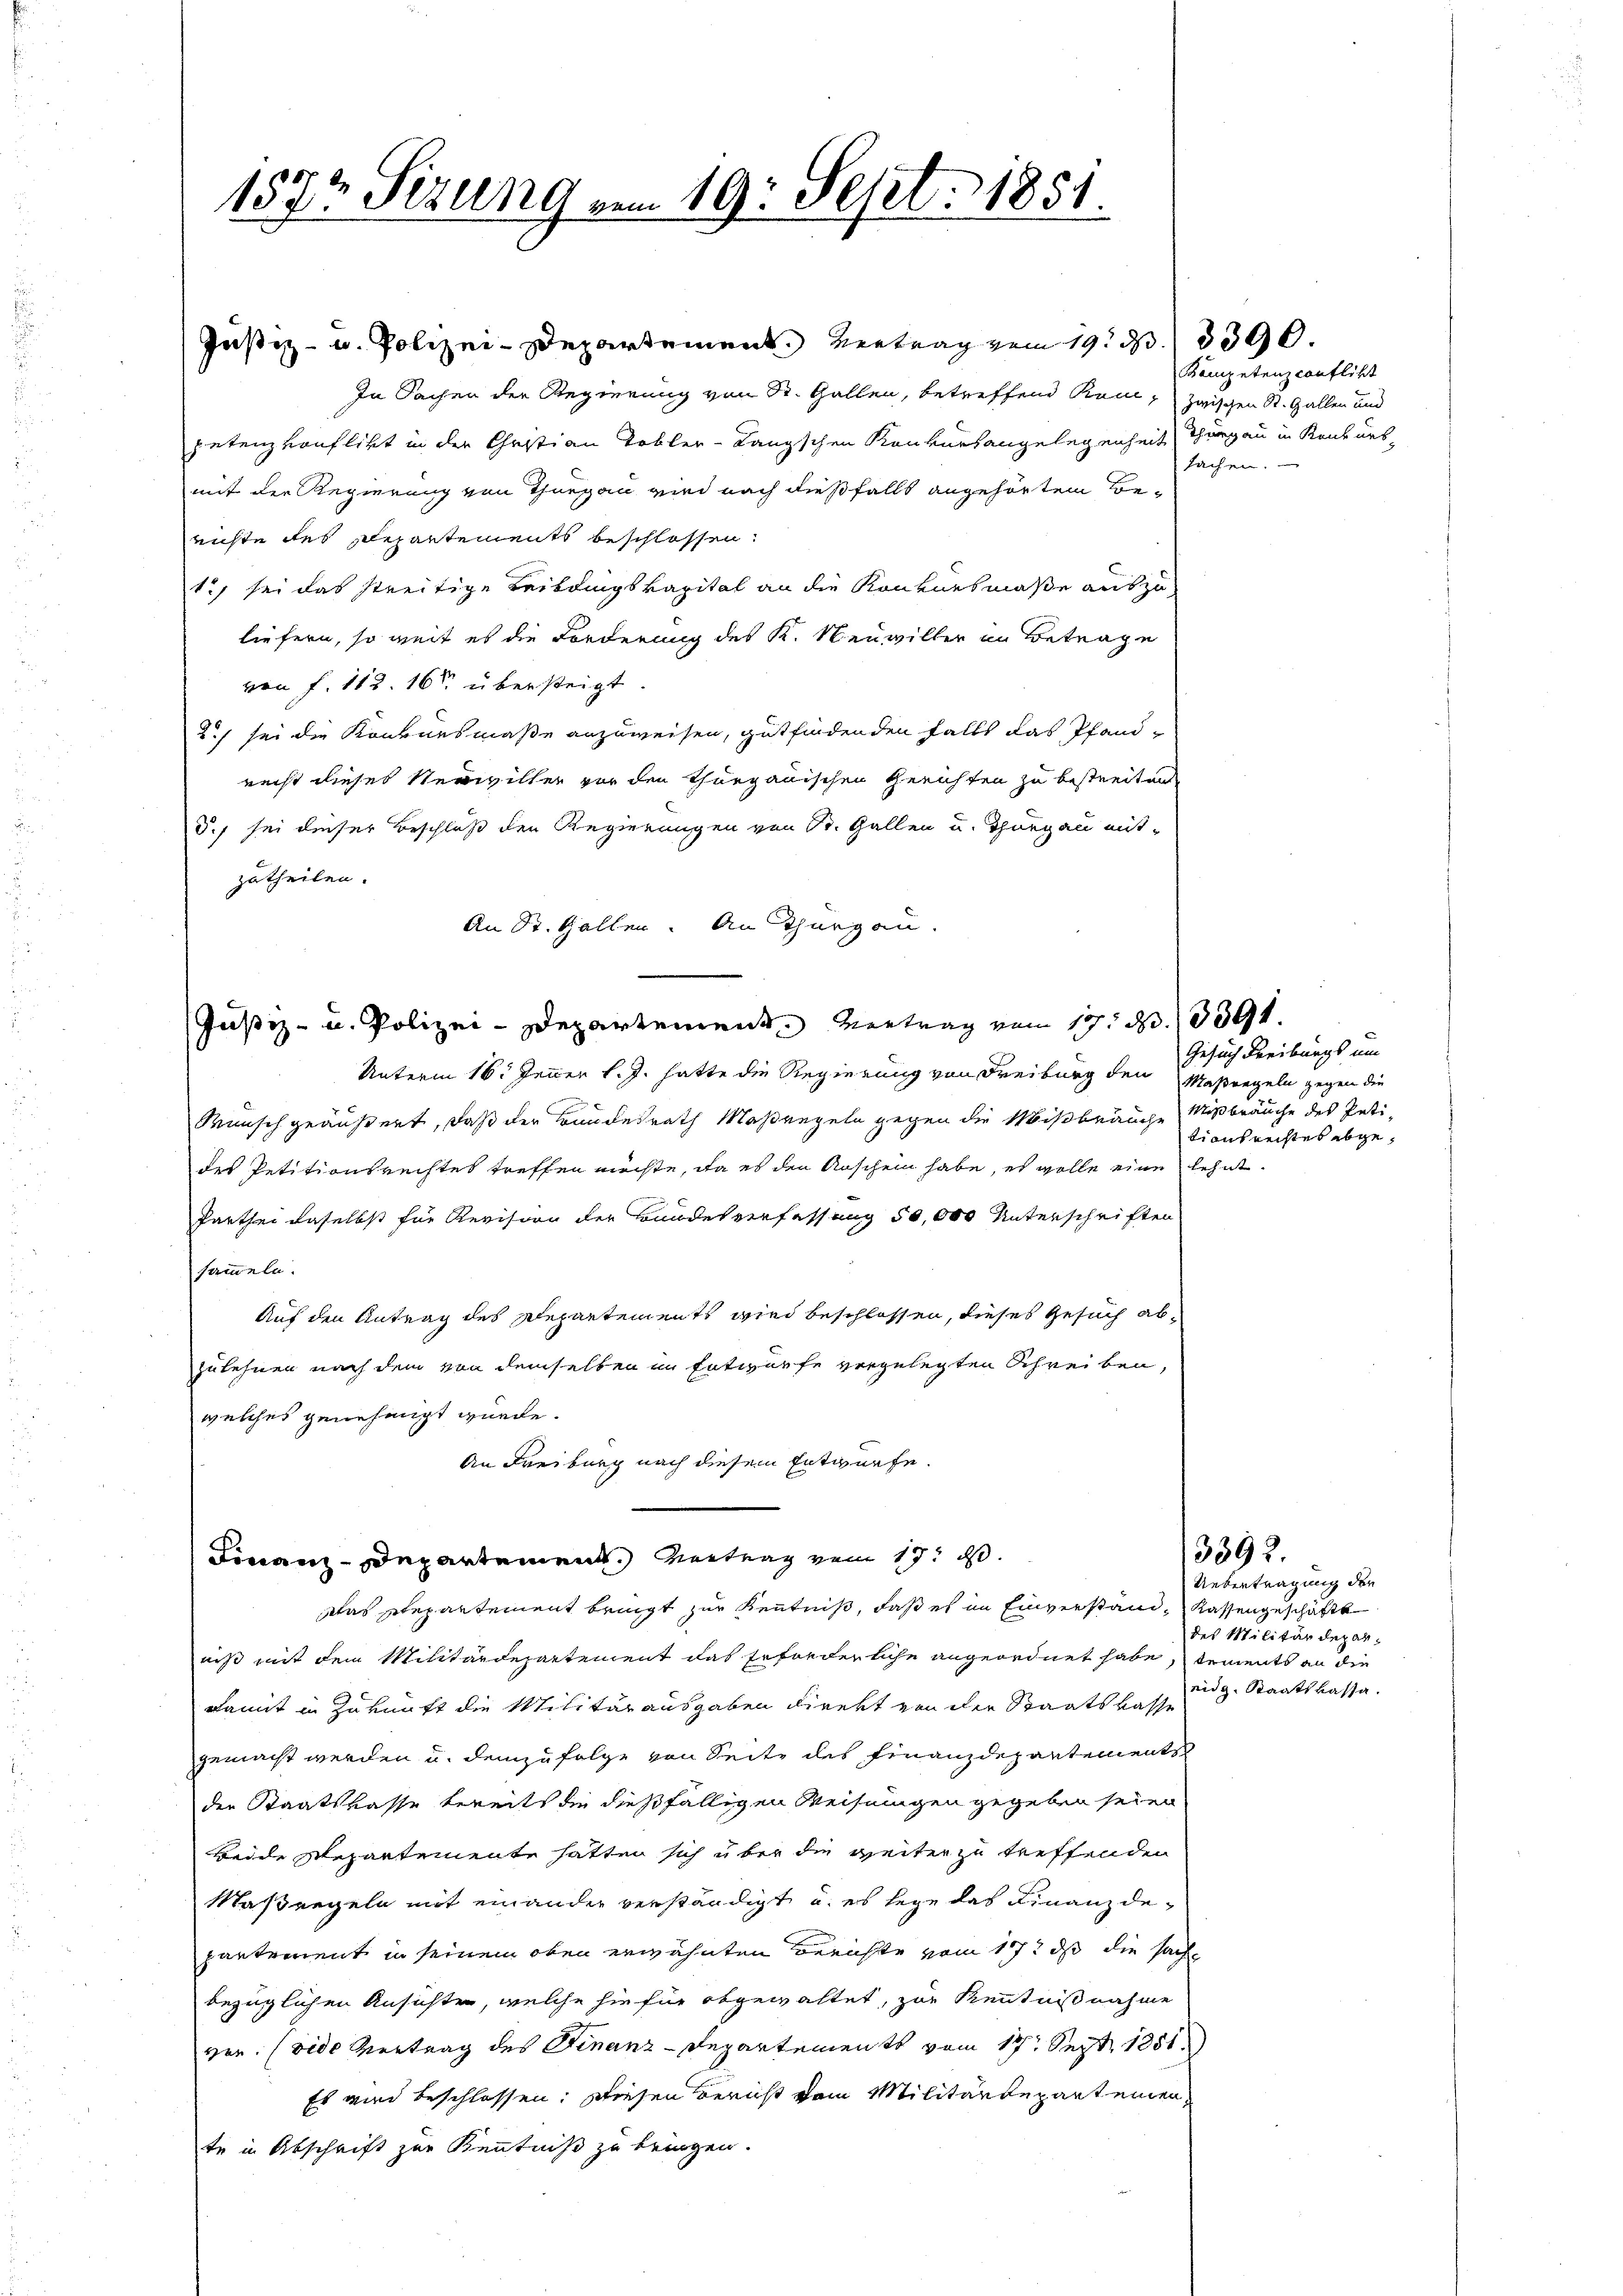
1573 Sizung vom 19. Sept. 1851.

Justiz- u. Polizei-Departement. Vertrag vom 19. d. 3390.
In Sachen der Regierung von Sr. Gallen, betreffend kam, zwischen St. Gallen und
petenz vonflikt in der Christian Tobler-Langschen Konkursangelegenheit Thurgau in Konkurs-
mit der Regierung von Thurgau wird nach dießfalls angehörten Berichte des Repartements beschlossen:
1., sei das streitige Leitungskapital an die Konkursmaße auszuliefern, so weit es die Forderung des K. Neuviller in Betrage
von f. 112. 164 übersteigt
2.) sei die Konkursmaße anzuweisen, gutfindenden falls das Pfand-
recht dieses Verwiller vor den Thurgauischen Gerichten zu bestreiten
Ich sei dieser Beschluß den Regierungen von St. Gallen u. Thurgau mit
zutheilen.
An St. Gallen. An Thurgau.
Justiz- u. Polizei-Departement. Vertrag von 17. d. 339.
Unterm 16. Jenner l. J. hatte die Regierung von Freiburg den Maßregeln gegen die
Wunsch geäußert, daß der Bundesrath Maßregeln gegen die Mißbräuche Mißbräuche des Peti-
des Petitionsrechtes treffen möchte, da es den Anschein habe, es wolle eine lehnt.
Parthei daselbst für Revision der Bundesverfassung 50,000 Unterschriften
sammeln.
Auf den Antrag des Departements wird beschlossen, dieses Gesuch abzulehnen nach dem von demselben in Entwurfe vorgelegten Schreiben,
welches genehmigt wurde.
An Freiburg nach diesem Entwurfe.
Finanz-Departement. Vertrag vom 17. d.
Das Departement bringt zur Kenntniß, daß es im Einverstand, Kassengeschäfte
niß mit dem Militärdepartement das Erforderliche angeordnet habe, dements an die
Damit in Zukunft die Militärausgaben direkt von der Staatskasse
gemacht werden u. demzufolge von Seite des Finanzdepartements
der Staatskasse bereits die dießfälligen Weisungen gegeben seien
Beide Departemente hatten sich über die weiter zu treffenden
Maßregeln mit einander verständigt u. es lege das Finanzdepantement in seinem oben erwähnten Berichte vom 17t ds die sache
bezüglichen Ansichten, welche hiefür abgewaltet, zur Kenntnißnahme
von. (vide Vertrag des Finanz-Departements vom 19t Sept. 1851.
Es wird beschlossen. Diesen Bericht vom Militärdeparteien,
te in Abschrift zur Kenntniß zu bringen.

Kompetenz conflikt
sachen.

Gesuch Freiburgs um
tiansrechtes abge¬

3392.

Uebertragung der
des Militärdepareidg. Staatskassa.